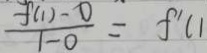
\frac { f ( 1 ) - 0 } { 1 - 0 } = f ^ { \prime } ( 1